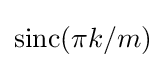
\mathrm {sinc} (\pi k/m)